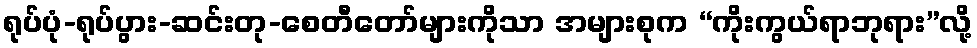
ရုပ်ပုံ-ရုပ်ပွား-ဆင်းတု-စေတီတော်များကိုသာ အများစုက “ကိုးကွယ်ရာဘုရား”လို့